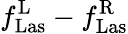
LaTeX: f_{\mathrm{Las}}^{\mathrm{L}}-f_{\mathrm{Las}}^{\mathrm{R}}